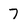
Character: 7